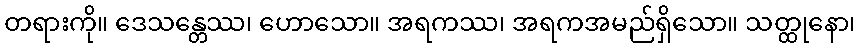
တရားကို။ ဒေသန္တေဿ၊ ဟောသော။ အရကဿ၊ အရကအမည်ရှိသော။ သတ္ထုနော၊